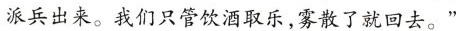
派兵出来。我们只管饮酒取乐，雾散了就回去。"